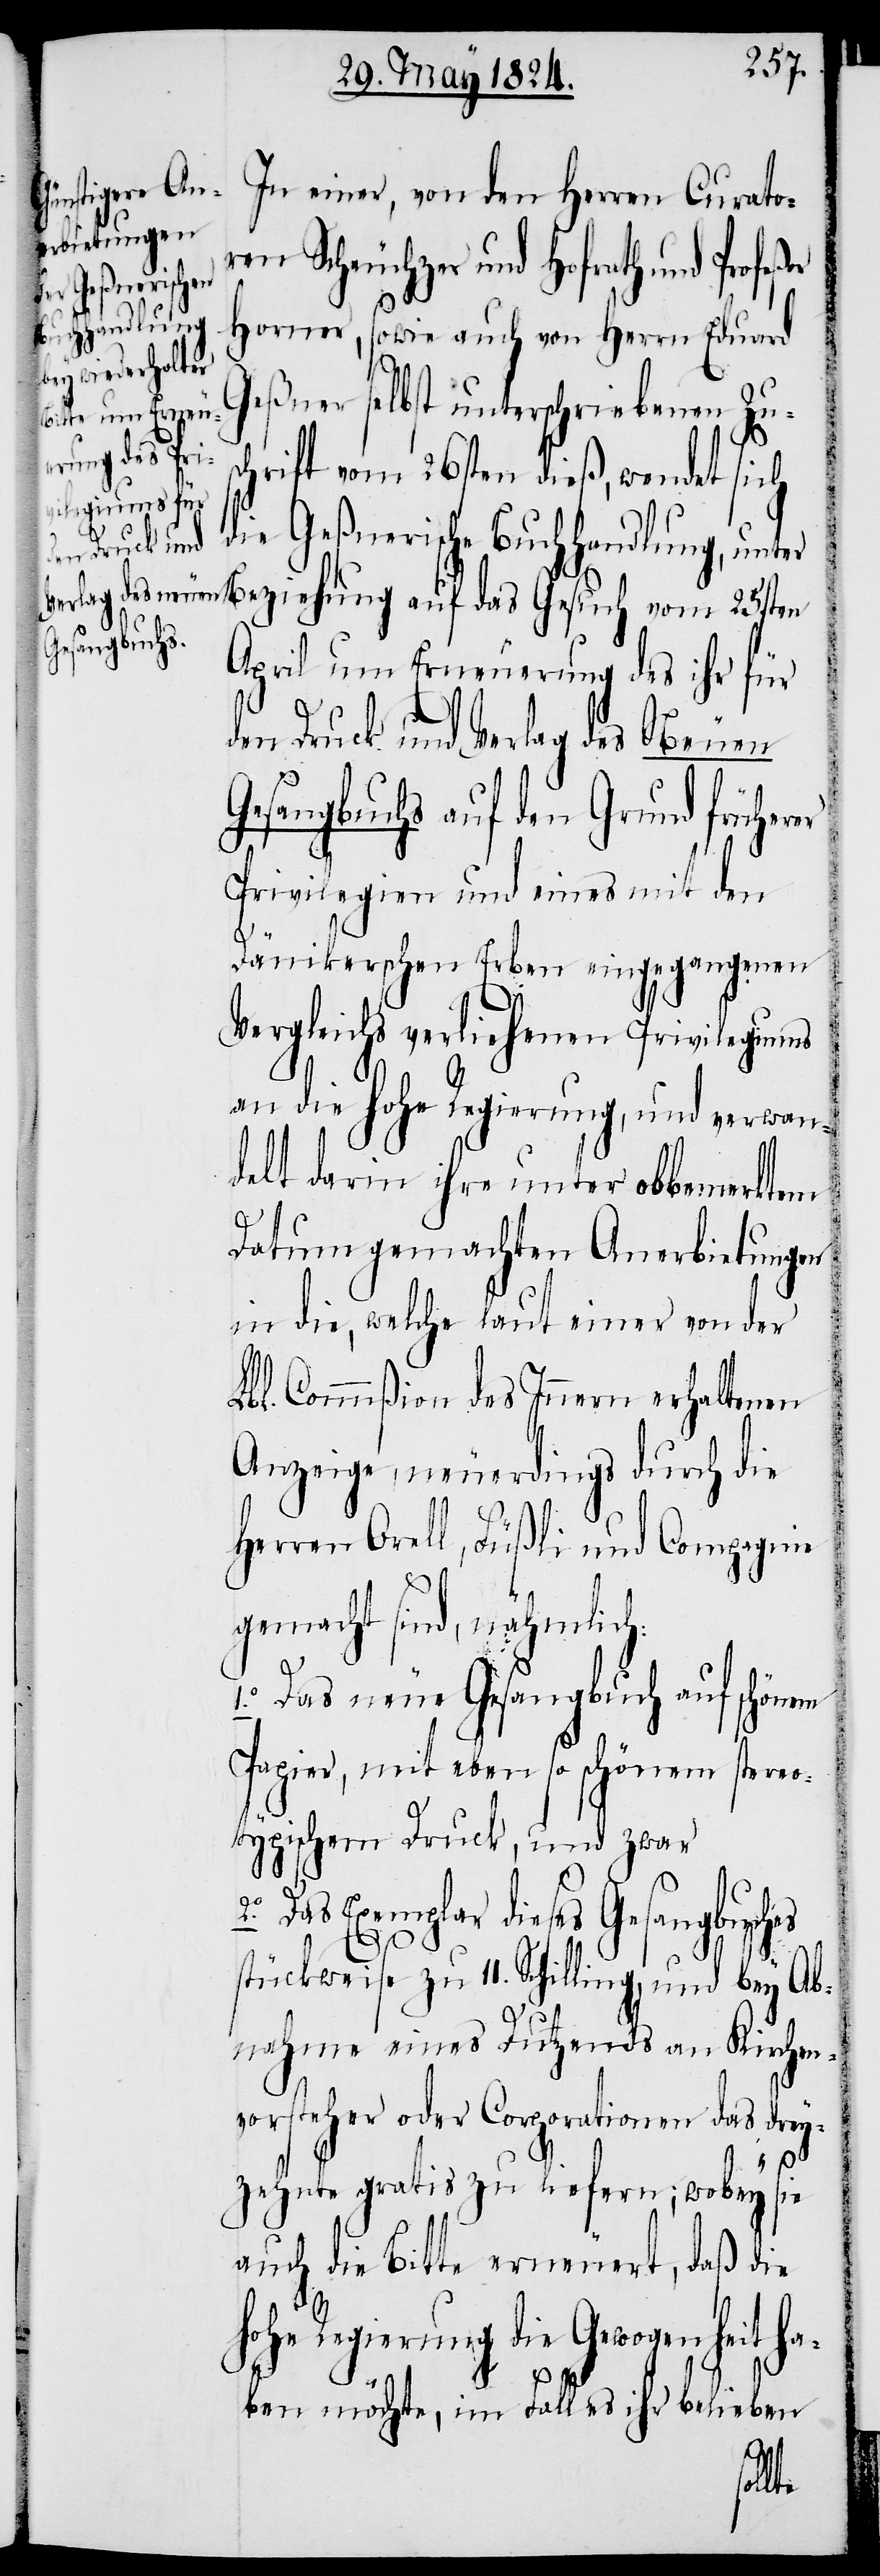
In einer, von den Herren Curato¬
ren Scheuchzer und Hofrath und Profeßor
Horner, sowie auch von Herrn Eduard
Geßner selbst unterschriebenen Zu¬
schrift vom 26sten dieß, wendet sich
Beziehung auf
die Geßnerische Buchhandlung, unter
April um Erneuerung des ihr für
den Druck und Verlag des Neuen
Gesangbuches auf den Grund früherer
Privilegien und eines mit den
Dänikerschen Erben eingegangenen
das
Vergleichs verliehenen Privilegiums
an die hohe Regierung, und verwan¬
delt darin ihre unter obbemerktem
Datum gemachten Anerbietungen
in die, welche laut einer von der
Lbl. Commißion des Innern erhaltenen
Anzeige, neuerdings durch die
Herren Orell, Füßli und Compagnie
gemacht sind, nähmlich:
1. Das neue Gesangbuch auf schönem
Papier, mit eben so schönem stereo¬
typischem Druck, und zwar
Das Exemplar dieses Gesangbuches
stückweise zu 11. Schilling, und bey Ab¬
nahme eines Dutzends an Kirchen¬
vorsteher oder Corporationen das drey¬
zehnte gratis zu liefern; wobey
sie
auch die Bitte erneuert, daß die
hohe Regierung die Gewogenheit ha¬
ben möchte, im Fall es ihr belieben